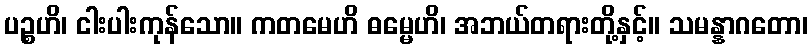
ပဉ္စဟိ၊ ငါးပါးကုန်သော။ ကတမေဟိ ဓမ္မေဟိ၊ အဘယ်တရားတို့နှင့်။ သမန္နာဂတော၊